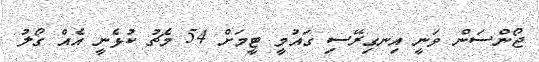
ޖޯންސަން ވަނީ އިނގިރޭސި ގައުމީ ޓީމަށް 54 މެޗު ކުޅެނީ އެއް ގޯލު